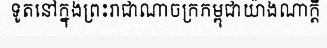
ទូតនៅក្នុងព្រះរាជាណាចក្រកម្ពុជាយ៉ាងណាក្តី